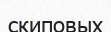
скиповых